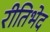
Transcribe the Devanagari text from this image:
रीतिभेद